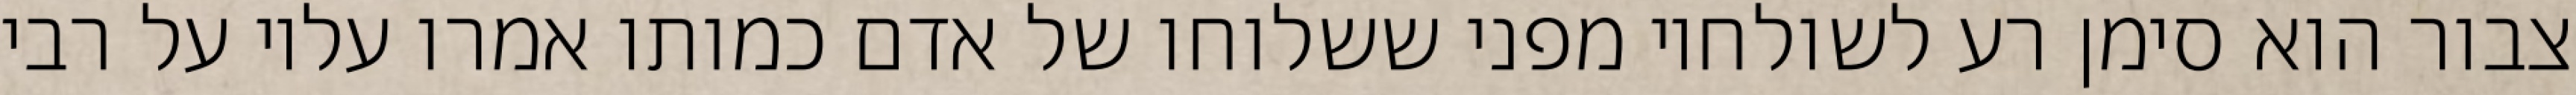
צבור הוא סימן רע לשולחיו מפני ששלוחו של אדם כמותו אמרו עליו על רבי